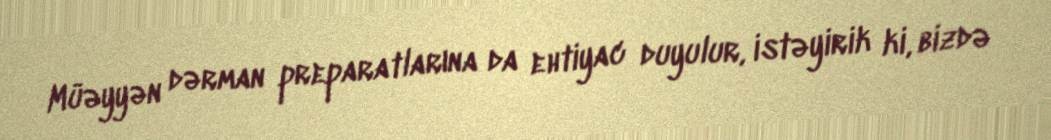
Müəyyən dərman preparatlarına da ehtiyac duyulur, istəyirik ki, bizdə